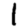
Digit: 1